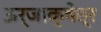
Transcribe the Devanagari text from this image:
ऊर्जाक्षेत्र